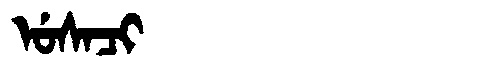
Manchu: ᡠᠰᠠᠴᡳ
Romanization: USACI